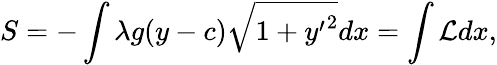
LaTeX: S=-\int\lambda g(y-c)\sqrt{1+{y^{\prime}}^{2}}dx=\int\mathcal{L}dx,